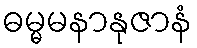
ဓမ္မမနာနုဇာနံ